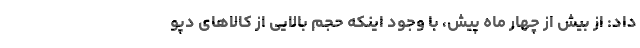
داد: از بیش از چهار ماه پیش، با وجود اینکه حجم بالایی از کالاهای دپو